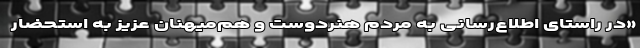
«در راستای اطلاع‌رسانی به مردم هنردوست و هم‌میهنان عزیز به استحضار